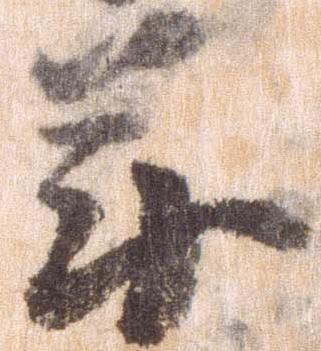
年